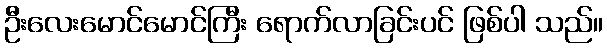
ဦးလေးမောင်မောင်ကြီး ရောက်လာခြင်းပင် ဖြစ်ပါ သည်။